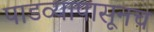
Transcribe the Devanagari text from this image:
पाडव्यापासूनच